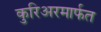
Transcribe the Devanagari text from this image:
कुरिअरमार्फत